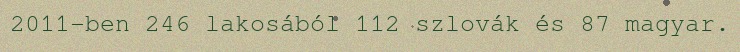
2011-ben 246 lakosából 112 szlovák és 87 magyar.